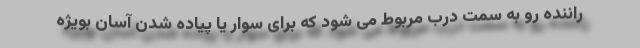
راننده رو به سمت درب مربوط می شود که برای سوار یا پیاده شدن آسان بویژه